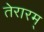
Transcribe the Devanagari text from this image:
तेरारम्‌